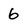
Character: 6